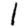
Digit: 1